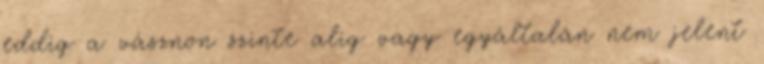
eddig a vásznon szinte alig vagy egyáltalán nem jelent